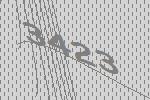
3423